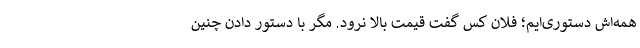
همه‌اش دستوری‌ایم؛ فلان کس گفت قیمت بالا نرود. مگر با دستور دادن چنین